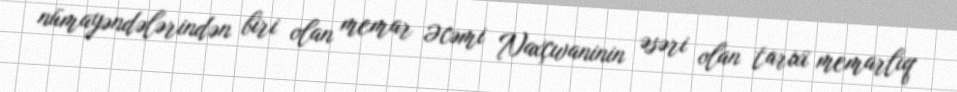
nümayəndələrindən biri olan memar Əcəmi Naxçıvaninin əsəri olan tarixi memarlıq